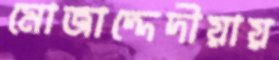
মোজাদ্দেদীয়ায়